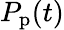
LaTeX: P_{\mathrm{p}}(t)